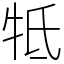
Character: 牴